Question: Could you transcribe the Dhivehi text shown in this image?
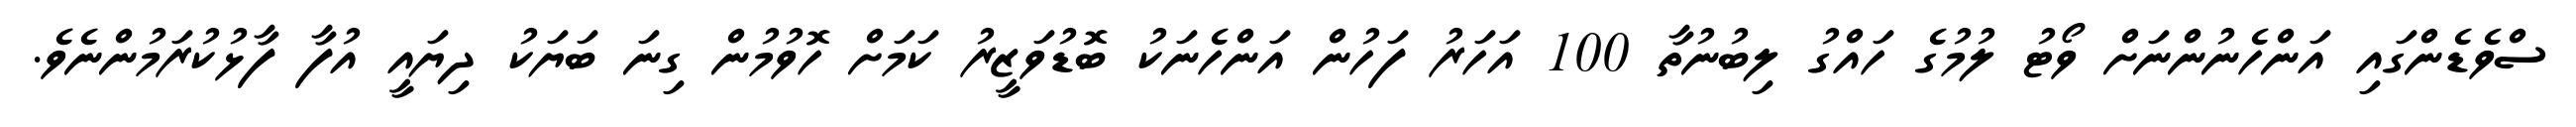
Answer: ސްވެޑެންގައި އަންހެނުންނަށް ވޯޓު ލުމުގެ ހައްގު ލިބުނުތާ 100 އަހަރު ފަހުން އަންހެނަކު ބޮޑުވަޒީރު ކަމަށް ހޮވުމުން ގިނަ ބަޔަކު ދިޔައީ އުފާ ފާޅުކުރަމުންނެވެ.